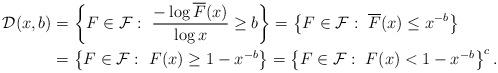
LaTeX: \begin{align*}\mathcal{D}(x,b)& = \left\{F \in \mathcal{F}:~ \frac{-\log \overline F(x)}{\log x} \geq b\right\} = \left\{F\in \mathcal{F}:~ \overline F(x)\leq x^{-b} \right\} \\&= \left\{F\in \mathcal{F}:~ F(x) \geq 1- x^{-b} \right\} = \left\{F\in \mathcal{F}:~ F(x) < 1- x^{-b} \right\}^c.\end{align*}